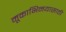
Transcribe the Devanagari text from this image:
मूकाभिनयासाठी